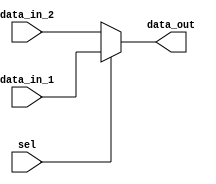
module mux_2_1 (sel, data_in_1, data_in_2, data_out);
parameter DATA_WIDTH = 8;
input sel;
input [(DATA_WIDTH-1):0] data_in_1, data_in_2;
output [(DATA_WIDTH-1):0] data_out;

assign data_out = sel ?     data_in_1:
                            data_in_2;
endmodule